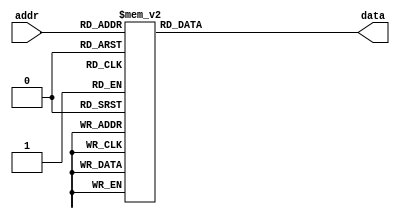
module MicroCodeROM(input [4:0] addr, output reg [3:0]data);

  always @ (*)  // every time there is a change of address .....

	case(addr)
	5'b00000 : data = 4'b0000;  // case statement uses address to 
	5'b00001 : data = 4'b0001;  // give data value.
	5'b00010 : data = 4'b0100;  // 5 bit binary address followed by 
	5'b00011 : data = 4'b0101;  // 4 bit binary data.
	5'b00100 : data = 4'b0111;
	5'b00101 : data = 4'b0101;
	5'b00110 : data = 4'b0011;
	5'b00111 : data = 4'b0110;
	5'b01000 : data = 4'b1000;
	5'b01001 : data = 4'b0100;
	5'b01010 : data = 4'b0101;
	5'b01011 : data = 4'b0101;
	5'b01100 : data = 4'b0101;
	5'b01101 : data = 4'b0011;
	5'b01110 : data = 4'b0110;
	5'b01111 : data = 4'b0110;
	5'b10000 : data = 4'b1000;
	5'b10001 : data = 4'b0100;
	5'b10010 : data = 4'b0101;
	5'b10011 : data = 4'b0101;
	5'b10100 : data = 4'b0101;
	5'b10101 : data = 4'b0101;
	5'b10110 : data = 4'b0011;
	5'b10111 : data = 4'b0110;
	5'b11000 : data = 4'b0110;
	5'b11001 : data = 4'b0110;
	5'b11010 : data = 4'b1000;
	5'b11011 : data = 4'b0010;
	5'b11100 : data = 4'b1111;
	5'b11101 : data = 4'b1111;
	5'b11110 : data = 4'b1111;
	5'b11111 : data = 4'b1111;
    endcase
endmodule